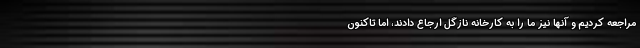
مراجعه کردیم و آنها نیز ما را به کارخانه نازگل ارجاع دادند، اما تاکنون